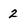
Character: 2